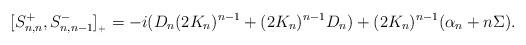
\begin{align*}[S^+_{n,n},S^-_{n,n-1}]_{{}_+}=-i(D_n (2K_n)^{n-1}+(2K_n)^{n-1}D_n)+(2K_n)^{n-1}(\alpha_n+n\Sigma).\end{align*}